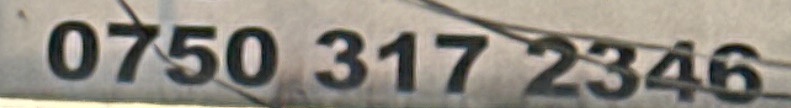
0750 317 2346